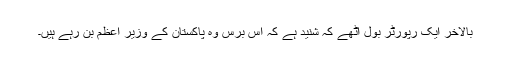
بالآخر ایک رپورٹر بول اُٹھے کہ شنید ہے کہ اس برس وہ پاکستان کے وزیر اعظم بن رہے ہیں۔